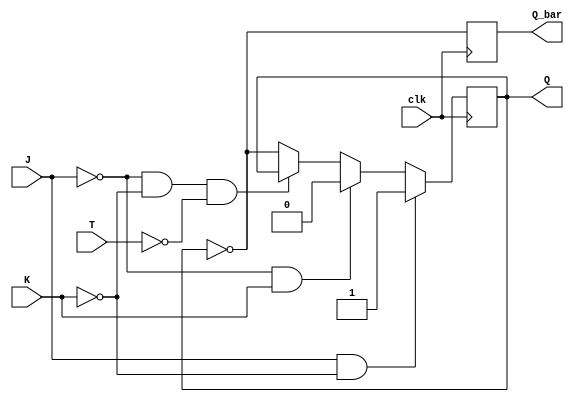
module T_flip_flop (
    input wire clk, 
    input wire J, 
    input wire K, 
    input wire T, 
    output reg Q, 
    output reg Q_bar
);

always @(posedge clk) begin
    if (J==1 && K==0) begin
        Q <= 1;
    end else if (J==0 && K==1) begin
        Q <= 0;
    end else if (J==0 && K==0 && T==0) begin
        // Q remains unchanged
    end else begin // J=0, K=0, T=1
        Q <= ~Q; // toggle Q
    end
    
    Q_bar <= ~Q;
end

endmodule